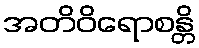
အတိဝိရောစန္တိ